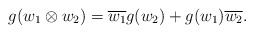
\begin{align*}g(w_1\otimes w_2)=\overline{w_1}g(w_2)+g(w_1)\overline{w_2}.\end{align*}